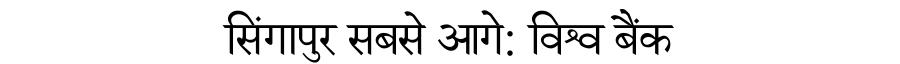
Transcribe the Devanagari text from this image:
सिंगापुर सबसे आगे: विश्व बैंक